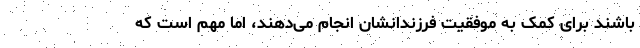
باشند برای کمک به موفقیت فرزندانشان انجام می‌دهند، اما مهم است که